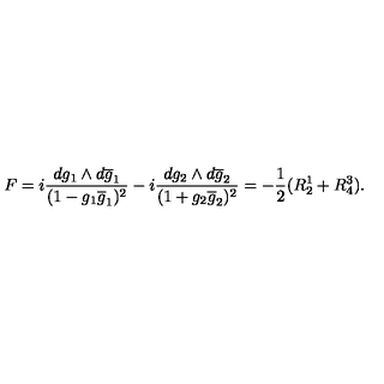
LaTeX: F = i \frac { d g _ { 1 } \wedge d \overline { { g } } _ { 1 } } { ( 1 - g _ { 1 } \overline { { g } } _ { 1 } ) ^ { 2 } } - i \frac { d g _ { 2 } \wedge d \overline { { g } } _ { 2 } } { ( 1 + g _ { 2 } \overline { { g } } _ { 2 } ) ^ { 2 } } = - \frac { 1 } { 2 } ( R _ { 2 } ^ { 1 } + R _ { 4 } ^ { 3 } ) .